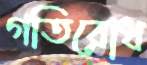
গতিরোধ